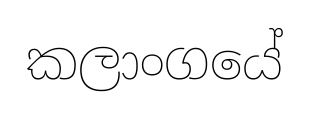
කලාංගයේ